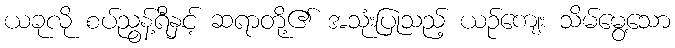
ယခုလို စပ်ညွန့်ရီနှင့် ဆရာတို့၏ အသုံးပြုသည့် ယဉ်ကျေး သိမ်မွေ့သော